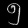
Digit: ၅